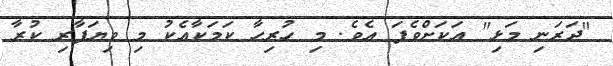
"ދަރަނި މަޅި" އަކަށްވެފަ އެެވެ. މި ހުރިހާ ކަމަކާއެކު މި ވިޔަފާރި ކުރާ